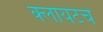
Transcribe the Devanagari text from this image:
क्लायंटचे